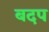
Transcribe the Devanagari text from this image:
बदप